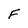
Character: F